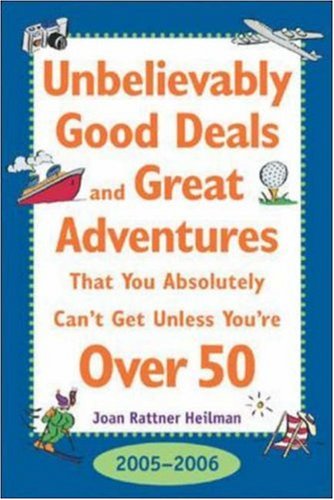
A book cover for Unbelievably Good Deal and Great Adventures That You Absolutely Can't Get Unless You're Over 50, 2005-2006 (Unbelievably Good Deals and Great ... Absolutely Can't Get Unless You're Over 50); Joan Rattner Heilman; Travel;